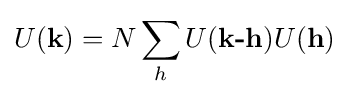
U({\textbf {k}})=N\sum _{h}U({\textbf {k-h}})U({\textbf {h}})